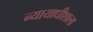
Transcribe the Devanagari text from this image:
न्यायाधीशाला